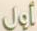
أول